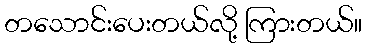
တသောင်းပေးတယ်လို့ ကြားတယ်။